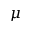
\mu